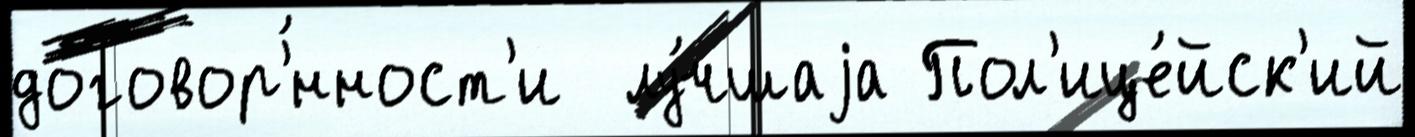
договор'́нност'и  лу́чшаjа Пол'ице́йск'ий